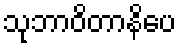
သုဘာဝိတာနိပေ